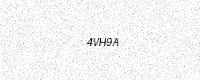
Text: 4VH9A